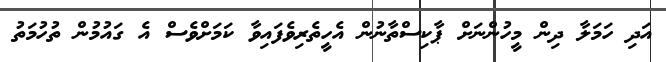
އަދި ހަމަލާ ދިން މީހުންނަށް ޕާކިސްތާނުން އެހީތެރިވެފައިވާ ކަމަށްވެސް އެ ގައުމުން ތުހުމަތު